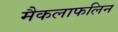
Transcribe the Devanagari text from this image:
मैकलाफलिन